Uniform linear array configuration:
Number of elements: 4
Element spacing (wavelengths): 1
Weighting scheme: hamming
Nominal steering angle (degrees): -45
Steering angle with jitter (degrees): -45.105
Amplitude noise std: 0.05
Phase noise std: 0.05

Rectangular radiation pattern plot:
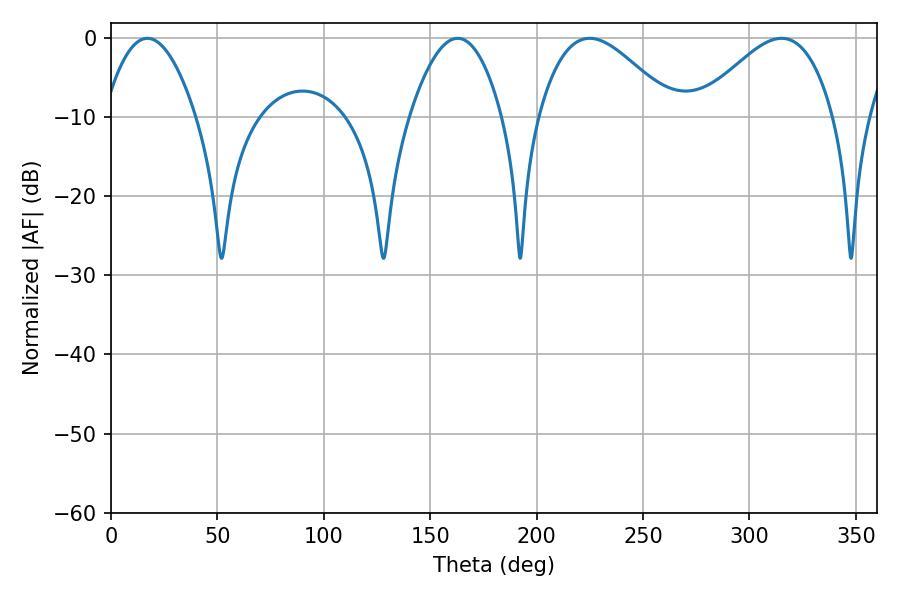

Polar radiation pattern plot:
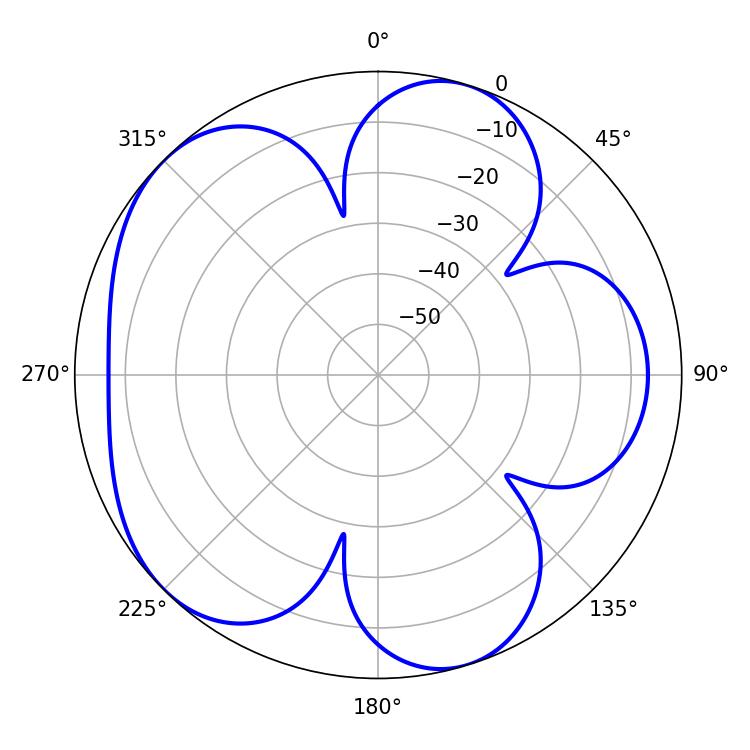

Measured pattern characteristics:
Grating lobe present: TRUE
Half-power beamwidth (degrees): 23.76
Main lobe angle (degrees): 17.1